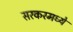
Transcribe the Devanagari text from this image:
सरकरमध्ये